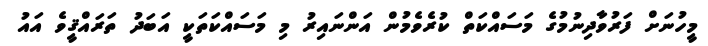
މީހުނަށް ފަރުވާދިނުމުގެ މަސައްކަތް ކުރެވެމުން އަންނައިރު މި މަސައްކަތަކީ އަބަދު ތަރައްޤީވެ އައު